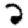
Digit: 2